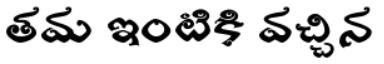
తమ ఇంటికి వచ్చిన